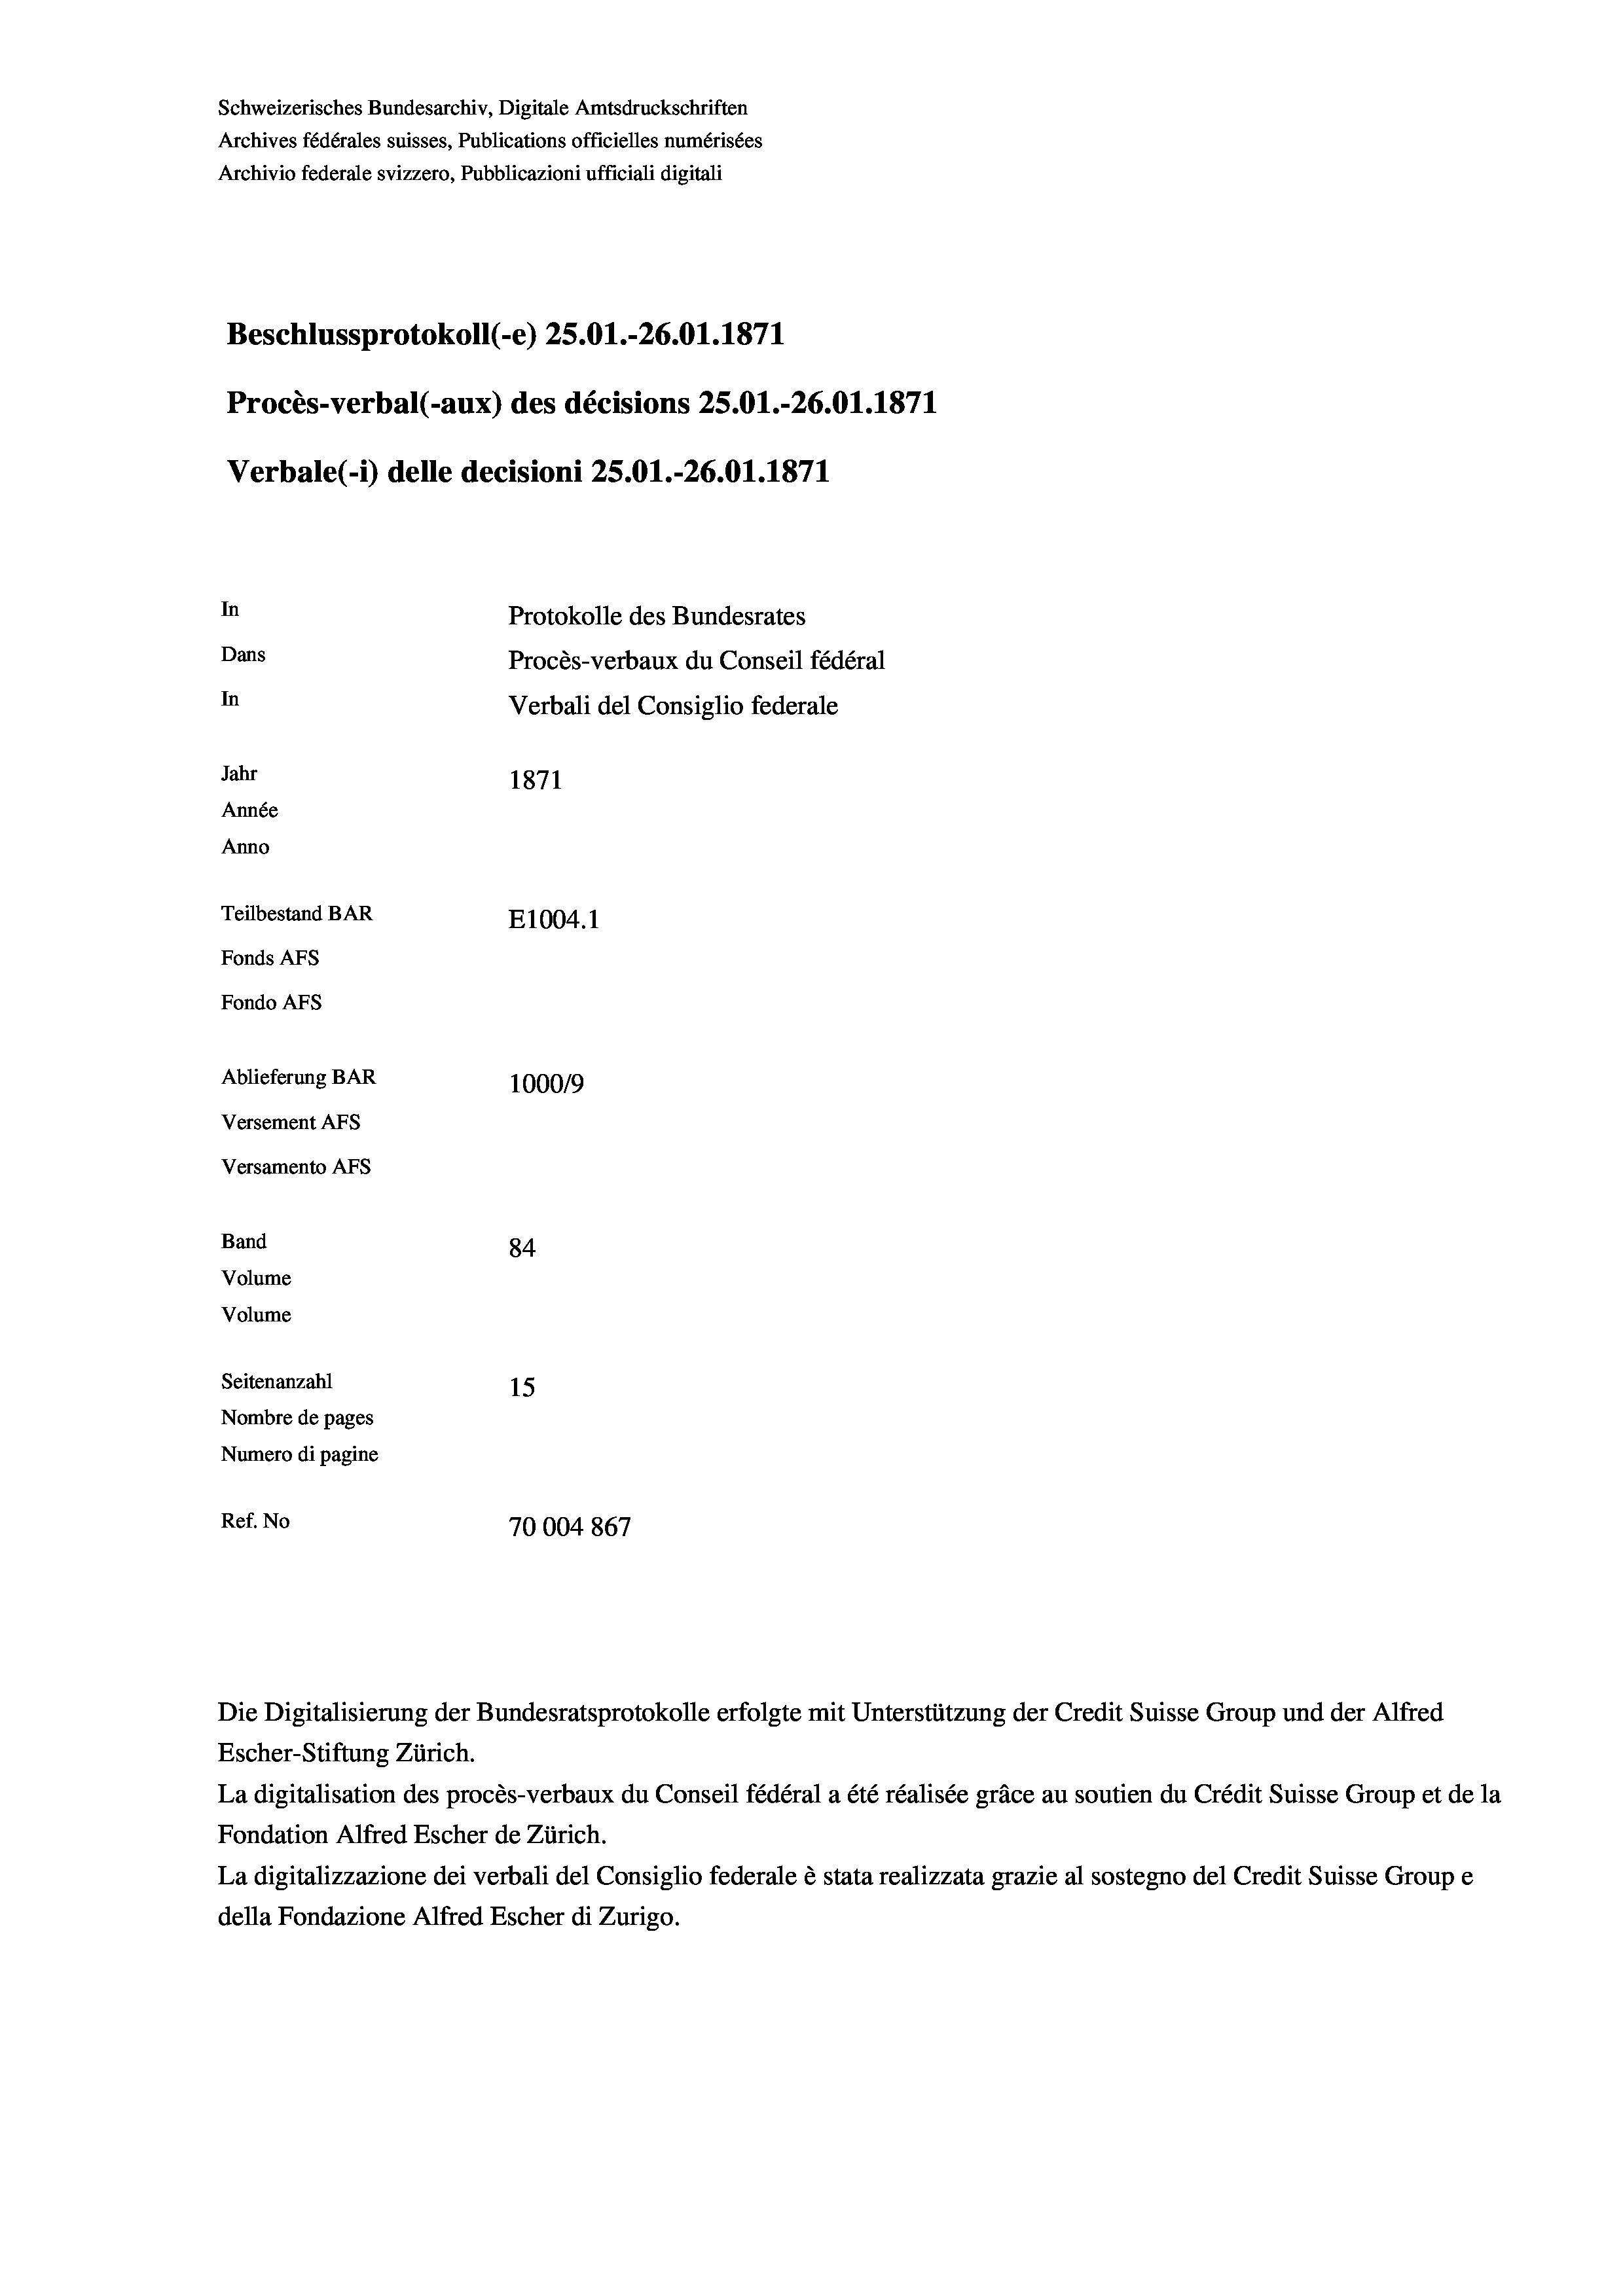
Schweizerisches Bundesarchiv, Digitale Amtsdruckschriften
Archives fédérales suisses, Publications officielles numérisées
Archivio federale svizzero, Pubblicazioni ufficiali digitali
Beschlussprotokoll (-e) 25.01.-26.01. 1871
Procès-verbal (-aux) des décisions 25.01.-26.01. 1871
Verbale (i) delle decisioni 25.01.-26.01. 1871
In
Protokolle des Bundesrates
Dans
Procès-verbaux du Conseil fédéral
In
Verbali del Consiglio federale
Jahr
1871
Année
Anno
Teilbestand BAR
E1004.1
Fonds AFs
Fondo Afs
Ablieferung BAR
100019
Versement Ans
Versamento Afs
Band
84
Volume
Volume
Seitenanzahl
15
Nombre de pages
Numero di pagine

Ref. No
70004867

La digitalisation des procès-verbaux du Conseil fédéral a été réalisée gräce au soutien du Crédit Suisse Group et de la
Fondation Alfred Escher de Zürich.
La digitalizzazione dei verbali del Consiglio federale è stata realizzata grazie al sostegno del Credit Suisse Groupe
della Fondazione Alfred Escher di Zurigo.

Escher-Stiftung Zürich.

Die Digitalisierung der Bundesratsprotokolle erfolgte mit Unterstützung der Credit Suisse Group und der Alfred